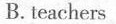
B.teachers